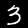
Label: 3